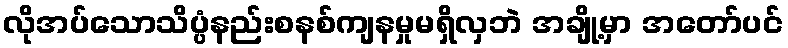
လိုအပ်သောသိပ္ပံနည်းစနစ်ကျနမှုမရှိလှဘဲ အချို့မှာ အတော်ပင်